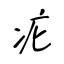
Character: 疕